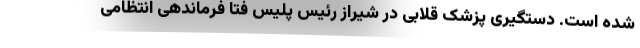
شده است. دستگیری پزشک قلابی در شیراز رئیس پلیس فتا فرماندهی انتظامی